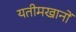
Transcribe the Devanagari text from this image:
यतीमखानों